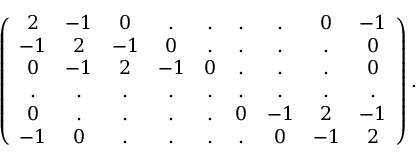
\left( \begin{array} { c c c c c c c c c } { { 2 } } & { { - 1 } } & { { 0 } } & { { . } } & { { . } } & { { . } } & { { . } } & { { 0 } } & { { - 1 } } \\ { { - 1 } } & { { 2 } } & { { - 1 } } & { { 0 } } & { { . } } & { { . } } & { { . } } & { { . } } & { { 0 } } \\ { { 0 } } & { { - 1 } } & { { 2 } } & { { - 1 } } & { { 0 } } & { { . } } & { { . } } & { { . } } & { { 0 } } \\ { { . } } & { { . } } & { { . } } & { { . } } & { { . } } & { { . } } & { { . } } & { { . } } & { { . } } \\ { { 0 } } & { { . } } & { { . } } & { { . } } & { { . } } & { { 0 } } & { { - 1 } } & { { 2 } } & { { - 1 } } \\ { { - 1 } } & { { 0 } } & { { . } } & { { . } } & { { . } } & { { . } } & { { 0 } } & { { - 1 } } & { { 2 } } \end{array} \right) .